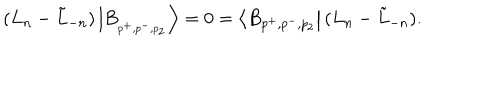
LaTeX: ( L _ { n } - \tilde { L } _ { - n } ) \left| B _ { _ { p ^ { + } , p ^ { - } , p _ { 2 } } } \right\rangle = 0 = \left\langle B _ { p ^ { + } , p ^ { - } , p _ { 2 } } \right| ( L _ { n } - \tilde { L } _ { - n } ) .